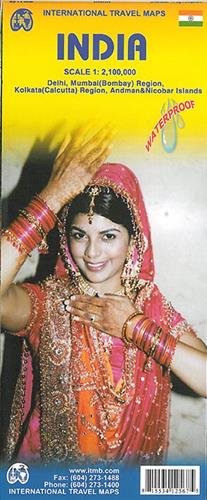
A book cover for India 1:2,100,000 Travel Map (International Travel Maps); ITM Canada; Travel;